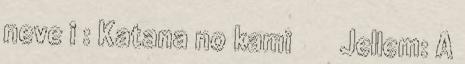
neve i : Katana no kami 刀の神 Jellem: A